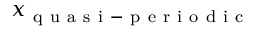
x _ { \mathrm { ~ q ~ u ~ a ~ s ~ i ~ - ~ p ~ e ~ r ~ i ~ o ~ d ~ i ~ c ~ } }